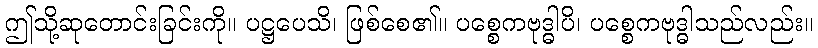
ဤသို့ဆုတောင်းခြင်းကို။ ပဋ္ဌပေသိ၊ ဖြစ်စေ၏။ ပစ္စေကဗုဒ္ဓါပိ၊ ပစ္စေကဗုဒ္ဓါသည်လည်း။